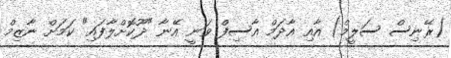
(ރޭނިސް ސަލީމް) އާއި އާދަމް އާސިފް ވަނީ އޭނާ "ދޫކޮށްލާފައި" ކަމަށް ނާޒިމް